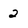
Character: 2